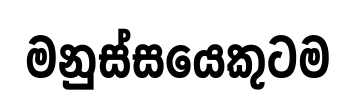
මනුස්සයෙකුටම